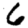
Digit: 6